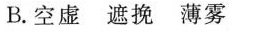
B.空虚 遮挽 薄雾